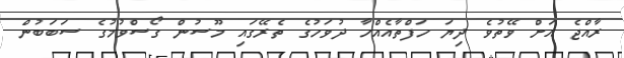
ރާއްޖެ އަށް ވޭތުވެ ދިޔަ ހަފްތާއެއްހާ ދުވަހުގެ ތެރޭގައި މޫސުން ގޯސްވުމުގެ ސަބަބުން